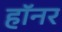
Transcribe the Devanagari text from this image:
हॉनर